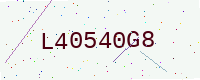
Text: L40540G8